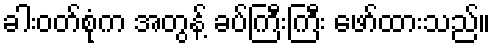
ခါးဝတ်စုံက အတွန့် ခပ်ကြီးကြီး ဖော်ထားသည်။